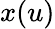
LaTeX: x(u)